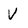
Character: V